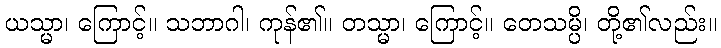
ယသ္မာ၊ ကြောင့်။ သဘာဂါ၊ ကုန်၏။ တသ္မာ၊ ကြောင့်။ တေသမ္ပိ၊ တို့၏လည်း။